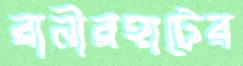
রানীরহাটের